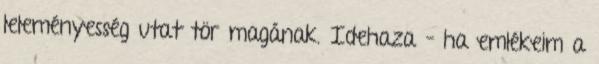
leleményesség utat tör magának. Idehaza – ha emlékeim a